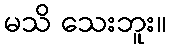
မသိ သေးဘူး။